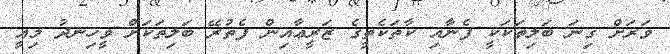
ވަރަށް ގިނަ ބަލިތަކަކީ ފެނާއި ކާތަކެތީގެ ޒަރީޢާއިން ފެތުރޭ ބަލިތަކަށް ވީހިނދު މިއީ